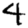
Digit: 4